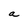
Character: a